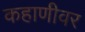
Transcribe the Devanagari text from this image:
कहाणीवर